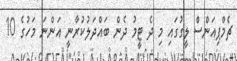
ޗެމްޕިއަންސް ލީގުގައި މި ދެ ޓީމު ދެން ބައްދަލުކުރާނީ އަންނަ މަހުގެ 10